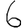
Digit: 6